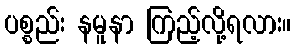
ပစ္စည်း နမူနာ ကြည့်လို့ရလား။